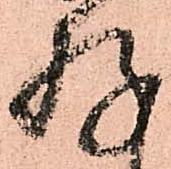
存